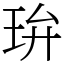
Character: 㺹